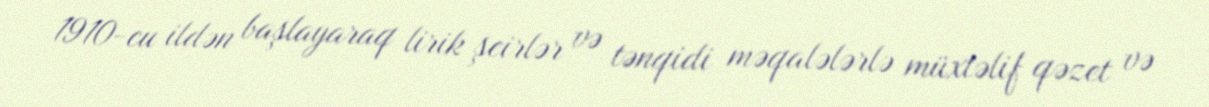
1910-cu ildən başlayaraq lirik şeirlər və tənqidi məqalələrlə müxtəlif qəzet və